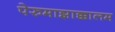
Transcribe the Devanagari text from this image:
पेरुमाझाक्कालम